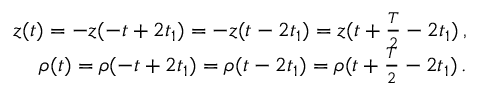
\begin{array} { r } { z ( t ) = - z ( - t + 2 t _ { 1 } ) = - z ( t - 2 t _ { 1 } ) = z ( t + \frac { T } { 2 } - 2 t _ { 1 } ) \, , } \\ { \rho ( t ) = \rho ( - t + 2 t _ { 1 } ) = \rho ( t - 2 t _ { 1 } ) = \rho ( t + \frac { T } { 2 } - 2 t _ { 1 } ) \, . } \end{array}